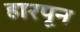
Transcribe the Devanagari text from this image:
हारपून